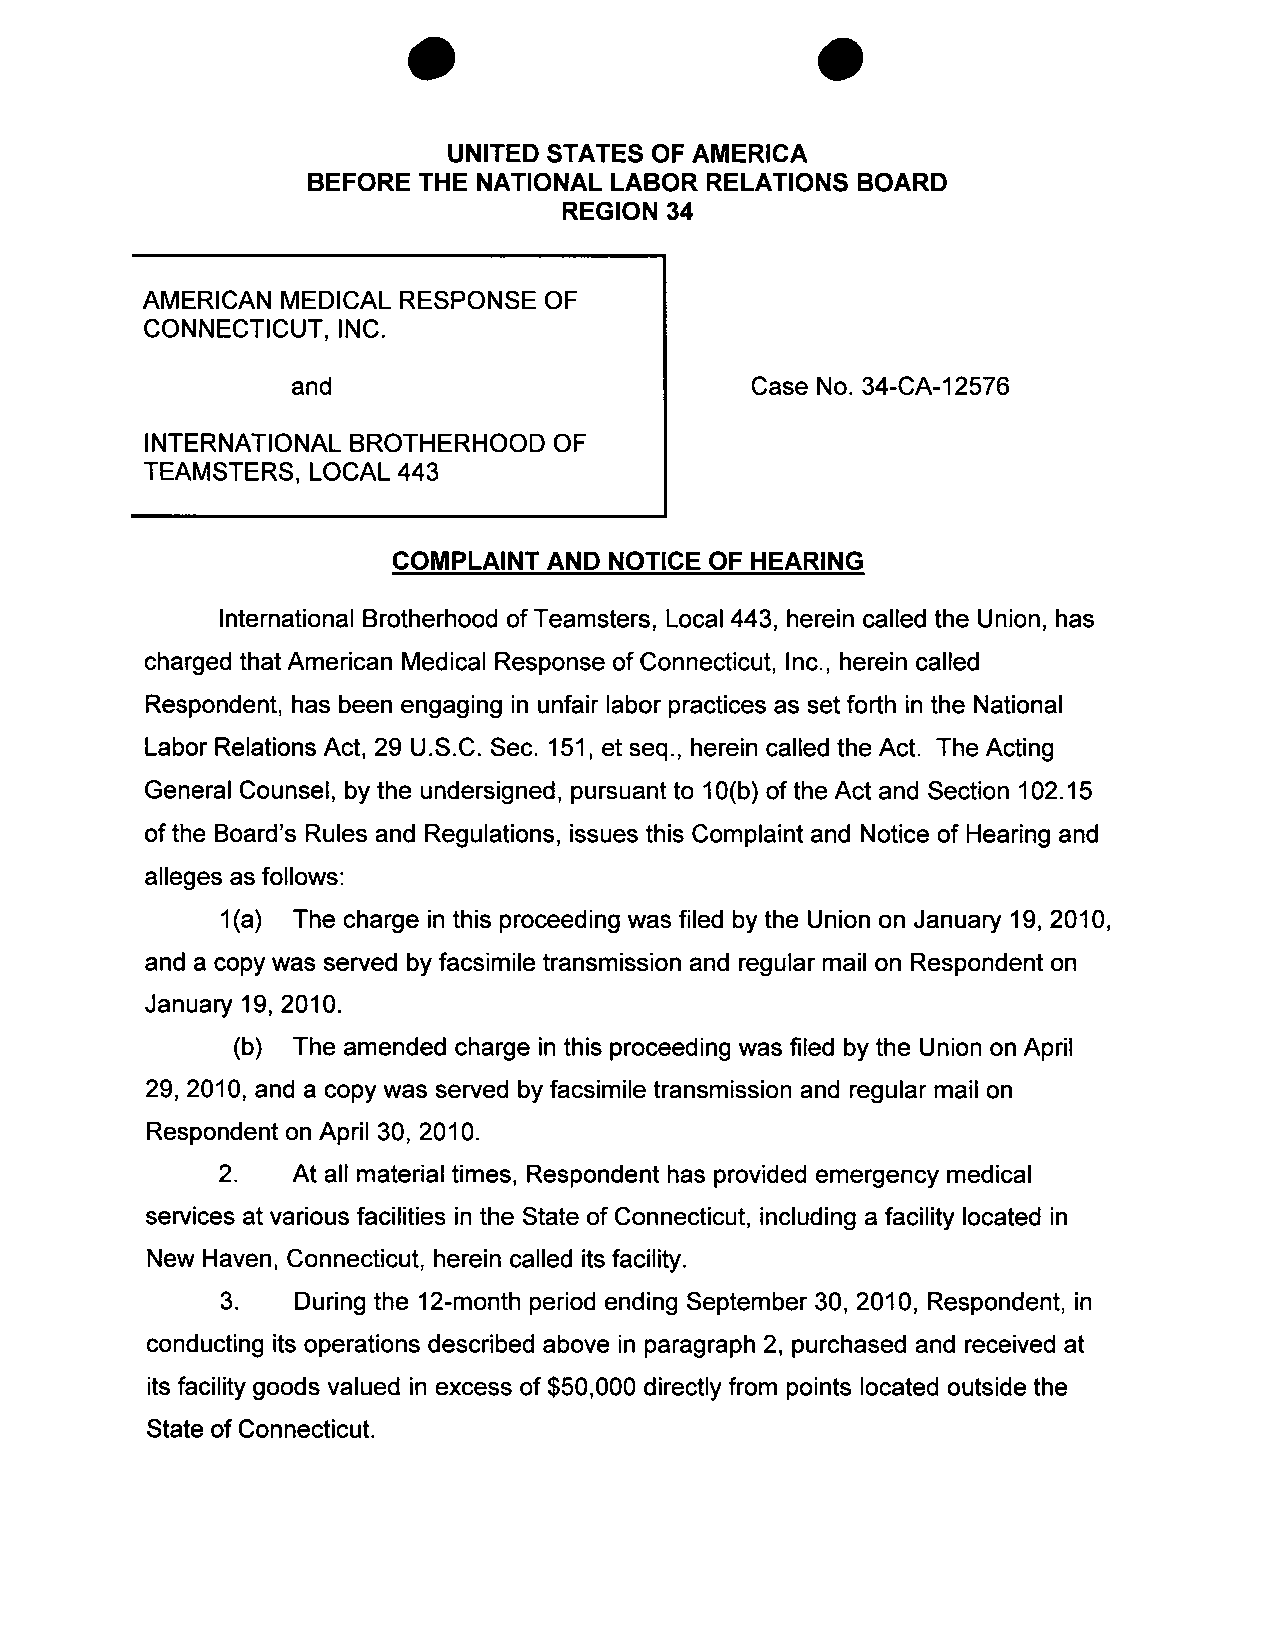
0
 UNITED STATES OF AMERICA
 BEFORE  THE NATIONAL LABOR RELATIONS BOARD
 REGION 34
 AMERICAN MEDICAL RESPONSE OF
 CONNECTICUT, INC.
 and                            Case No. 34-CA-12576
 INTERNATIONAL BROTHERHOOD  OF
 TEAMSTERS, LOCAL 443
 COMPLAINT AND NOTICE OF HEARING
 International Brotherhood of Teamsters, Local 443, herein called the Union, has
 charged that American Medical Response of Connecticut, Inc., herein called
 Respondent, has been engaging in unfair labor practices as set forth in the National
 Labor Relations Act, 29 U.S.C. Sec. 151, et seq., herein called the Act. The Acting
 General Counsel, by the undersigned, pursuant to 10(b) of the Act and Section 102.15
 of the Board's Rules and Regulations, issues this Complaint and Notice of Hearing and
 alleges as follows:
 1(a) The charge in this proceeding was filed by the Union on January 19, 2010,
 and a copy was served by facsimile transmission and regular mail on Respondent on
 January 19, 2010.
 (b) The amended charge in this proceeding was filed by the Union on April
 29, 2010, and a copy was served by facsimile transmission and regular mail on
 Respondent on April 30, 2010.
 2.   At all material times, Respondent has provided emergency medical
 services at various facilities in the State of Connecticut, including a facility located in
 New Haven, Connecticut, herein called its facility.
 3.   During the 12-month period ending September 30, 2010, Respondent, in
 conducting its operations described above in paragraph 2, purchased and received at
 its facility goods valued in excess of $50,000 directly from points located outside the
 State of Connecticut.